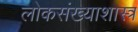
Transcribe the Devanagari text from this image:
लोकसंख्याशास्त्र